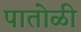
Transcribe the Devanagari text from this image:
पातोळी